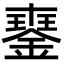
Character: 䥅